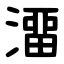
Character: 澑